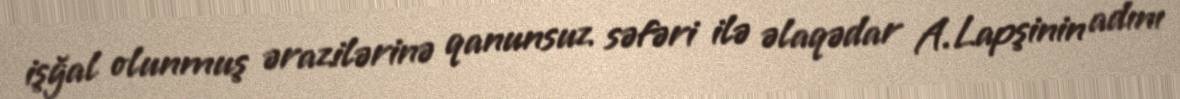
işğal olunmuş ərazilərinə qanunsuz səfəri ilə əlaqədar A.Lapşinin adını